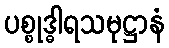
ပစ္စုဒ္ဓါရသမုဋ္ဌာနံ